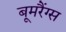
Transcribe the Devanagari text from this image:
बूमरैंग्स